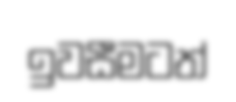
ඉවසීමටත්